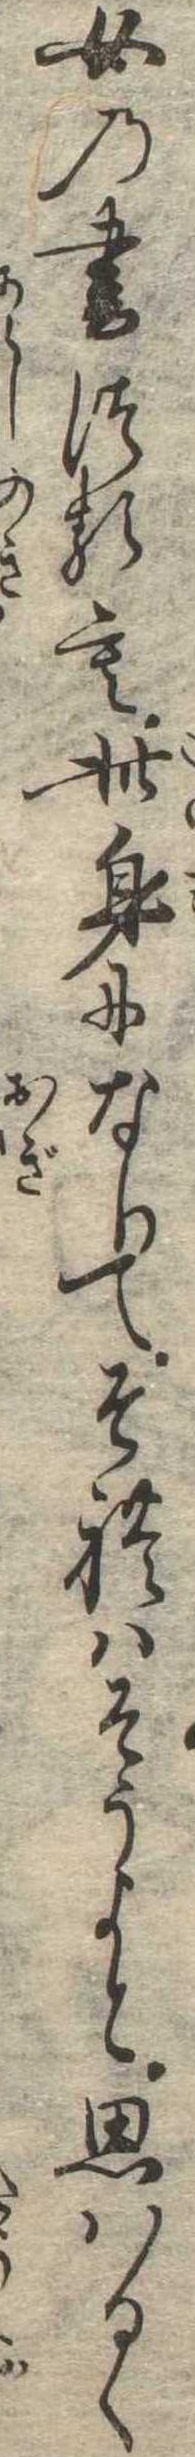
女の書つるも此身になりてそれはそうよと思はるゝ